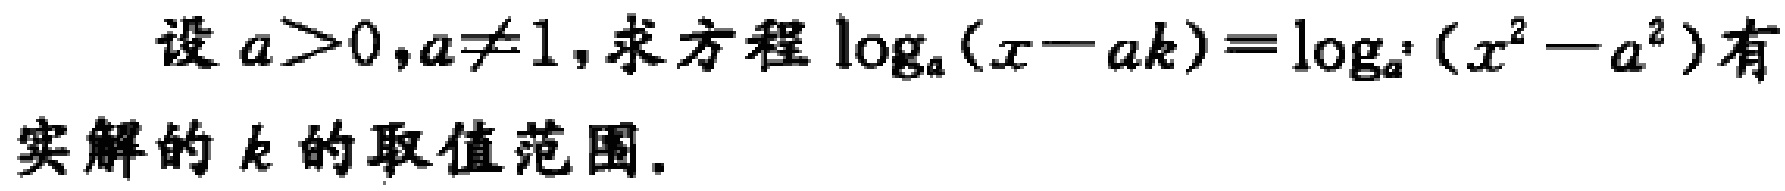
设 \(a>0,a\neq1\),求方程 \(\log_{a}(x - ak)=\log_{a^{2}}(x^{2}-a^{2})\)有实解的 \(k\)的取值范围.